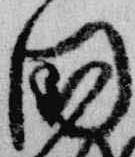
国